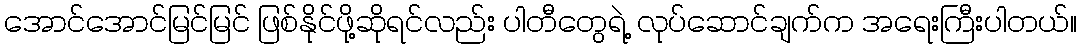
အောင်အောင်မြင်မြင် ဖြစ်နိုင်ဖို့ဆိုရင်လည်း ပါတီတွေရဲ့ လုပ်ဆောင်ချက်က အရေးကြီးပါတယ်။